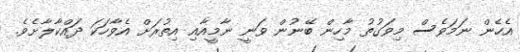
އެހެން ނަމަވެސް މިވަގުތު މާހިން ބޭނުން ވަނީ ނާމީއާއި އިތުރަށް އެވާހަކަ ދައްކާލާށެވެ.